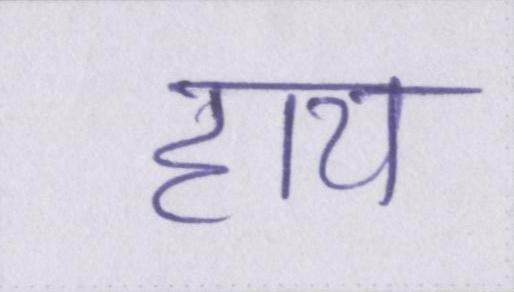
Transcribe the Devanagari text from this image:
हाय